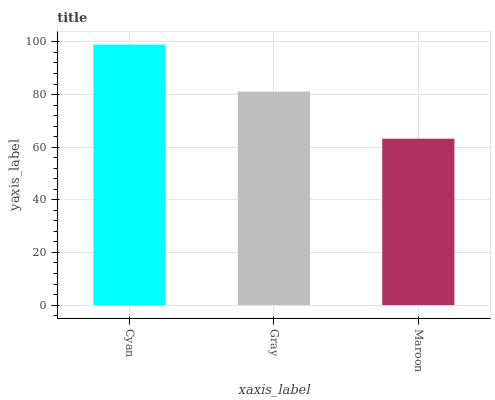
| xaxis_label | bars |
 | --- | --- |
 | Cyan | 99 |
 | Gray | 81.1 |
 | Maroon | 63.2 |